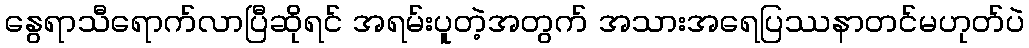
နွေရာသီရောက်လာပြီဆိုရင် အရမ်းပူတဲ့အတွက် အသားအရေပြဿနာတင်မဟုတ်ပဲ